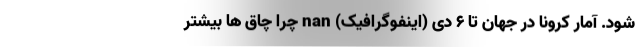
شود. آمار کرونا در جهان تا ۶ دی (اینفوگرافیک) nan چرا چاق ها بیشتر